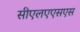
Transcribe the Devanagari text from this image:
सीएलएएसएस